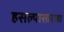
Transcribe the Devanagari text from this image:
हसल्यासारखा